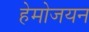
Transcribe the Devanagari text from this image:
हेमोजयन